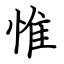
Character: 惟